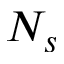
N _ { s }